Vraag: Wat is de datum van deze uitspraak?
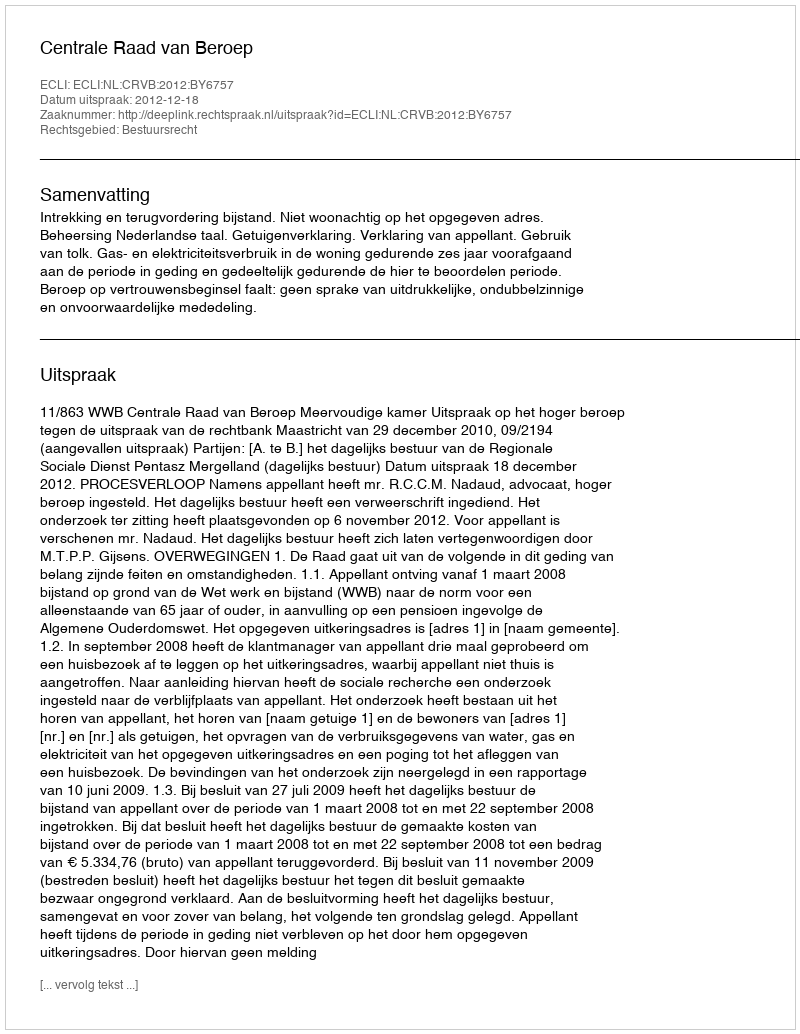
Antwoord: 2012-12-18